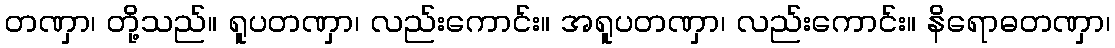
တဏှာ၊ တို့သည်။ ရူပတဏှာ၊ လည်းကောင်း။ အရူပတဏှာ၊ လည်းကောင်း။ နိရောဓတဏှာ၊